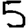
Digit: 5